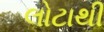
લોટાથી